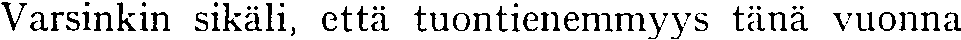
Varsinkin sikäli, että tuontienemmyys tänä vuonna